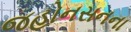
જહોનસનના